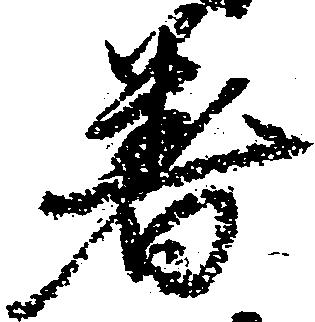
着